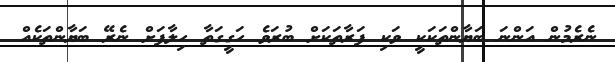
ނެރެމުން އަންނަ ބަޔާންތަކަކީ ވަކި ފަރާތަކަށް ބުރަވެ ހަގީގަތާ ހިލާފަށް ނެރޭ ބަޔާންތަކެެއް